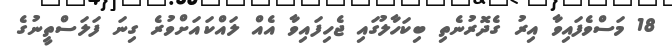
18 މަސްވެފައިވާ އިރު ގެދޮރުނެތި ބިކަހާލުގައި ޖެހިފައިވާ އެއް ލައްކައަށްވުރެ ގިނަ ފަލަސްތީނުގެ